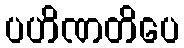
ပဟိဏတိပေ